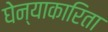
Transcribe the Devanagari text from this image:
घेन्याकारिता